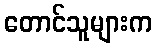
တောင်သူများက